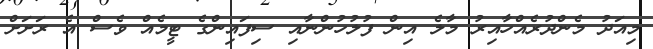
މިއަދު މެންދުރެއްހާއިރު މާލެ އިން ފުލުހުންނާއި ސިފައިންގެ ޓީމެއް ވެސް އެ ރަށަށް